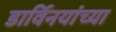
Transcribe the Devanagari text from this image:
डार्विनयांच्या